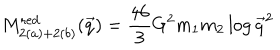
M _ { 2 ( a ) + 2 ( b ) } ^ { \mathrm { r e d } } ( \vec { q } ) = { \frac { 4 6 } { 3 } } G ^ { 2 } m _ { 1 } m _ { 2 } \log \vec { q } ^ { 2 }